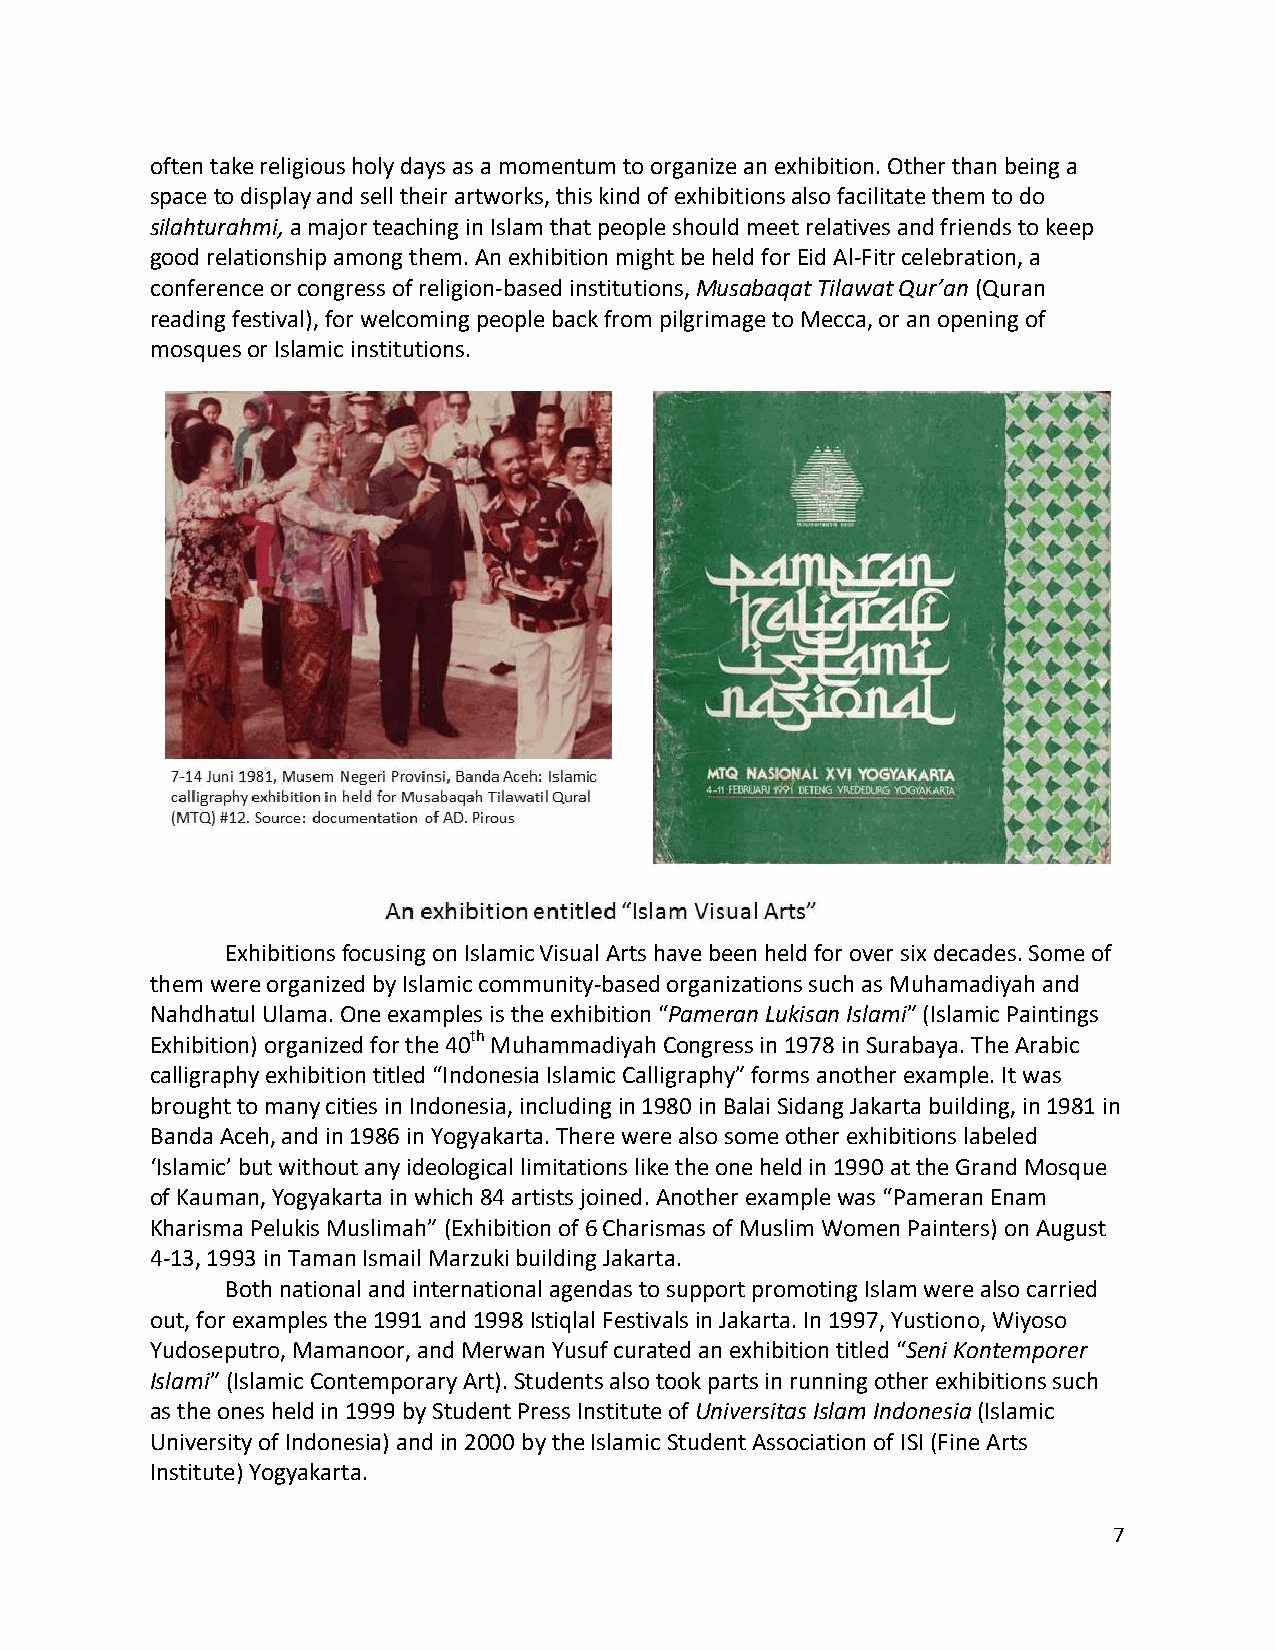
often take religious holy days as a momentum to organize an exhibition. Other than being a
 space to display and sell their artworks, this kind of exhibitions also facilitate them to do
 silahturahmi, a major teaching in Islam that people should meet relatives and friends to keep
 good relationship among them. An exhibition might be held for Eid Al-Fitr celebration, a
 conference or congress of religion-based institutions, Musabaqat Tilawat Qur’an (Quran
 reading festival), for welcoming people back from pilgrimage to Mecca, or an opening of
 mosques or Islamic institutions.
 Exhibitions focusing on Islamic Visual Arts have been held for over six decades. Some of
 them were organized by Islamic community-based organizations such as Muhamadiyah and
 Nahdhatul Ulama. One examples is the exhibition “Pameran Lukisan Islami” (Islamic Paintings
 Exhibition) organized for the 40th Muhammadiyah Congress in 1978 in Surabaya. The Arabic
 calligraphy exhibition titled “Indonesia Islamic Calligraphy” forms another example. It was
 brought to many cities in Indonesia, including in 1980 in Balai Sidang Jakarta building, in 1981 in
 Banda Aceh, and in 1986 in Yogyakarta. There were also some other exhibitions labeled
 ‘Islamic’ but without any ideological limitations like the one held in 1990 at the Grand Mosque
 of Kauman, Yogyakarta in which 84 artists joined. Another example was “Pameran Enam
 Kharisma Pelukis Muslimah” (Exhibition of 6 Charismas of Muslim Women Painters) on August
 4-13, 1993 in Taman Ismail Marzuki building Jakarta.
 Both national and international agendas to support promoting Islam were also carried
 out, for examples the 1991 and 1998 Istiqlal Festivals in Jakarta. In 1997, Yustiono, Wiyoso
 Yudoseputro, Mamanoor, and Merwan Yusuf curated an exhibition titled “Seni Kontemporer
 Islami” (Islamic Contemporary Art). Students also took parts in running other exhibitions such
 as the ones held in 1999 by Student Press Institute of Universitas Islam Indonesia (Islamic
 University of Indonesia) and in 2000 by the Islamic Student Association of ISI (Fine Arts
 Institute) Yogyakarta.
 7